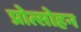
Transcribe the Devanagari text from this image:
प्रोत्साेहन